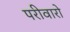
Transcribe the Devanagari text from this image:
परीवारो